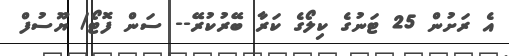
އެ ރަށުން 25 ޓަނުގެ ކިލޯގެ ކަރާ ބޭރުކުރޭ-- ސަން ފޮޓޯ/ ޔޫސުފް